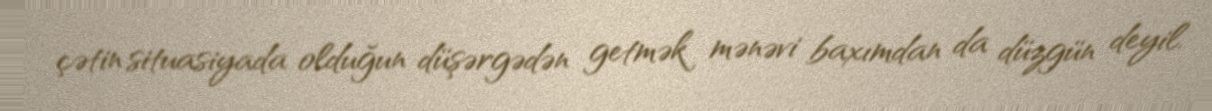
çətin situasiyada olduğun düşərgədən getmək mənəvi baxımdan da düzgün deyil.